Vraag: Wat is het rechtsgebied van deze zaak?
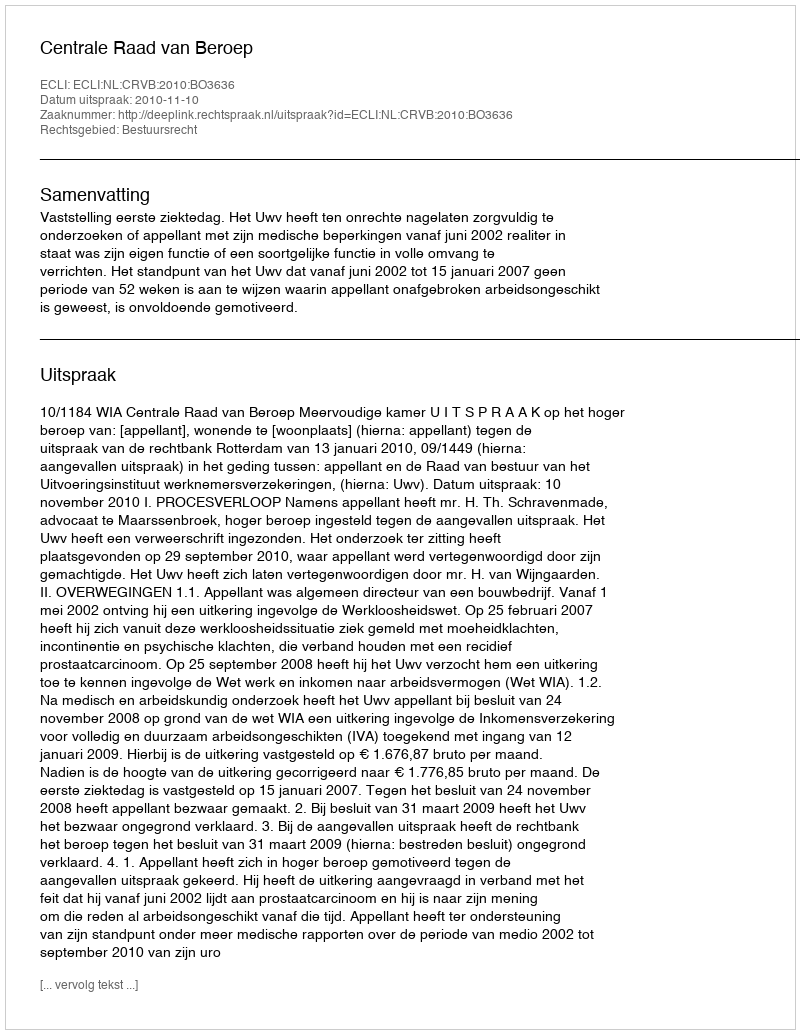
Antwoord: Bestuursrecht